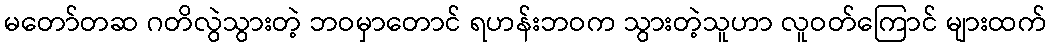
မတော်တဆ ဂတိလွဲသွားတဲ့ ဘဝမှာတောင် ရဟန်းဘဝက သွားတဲ့သူဟာ လူဝတ်ကြောင် များထက်